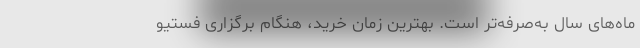
ماه‌های سال به‌صرفه‌تر است. بهترین زمان خرید، هنگام برگزاری فستیو